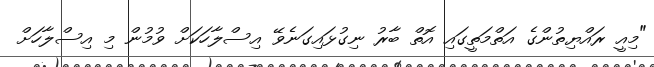
"މިއީ ރައްޔިތުންގެ އަތްމަތީގައި އޮތް ބާރު ނިގުޅައިގަނެވޭ އިސްލާހަކަށް ވުމުން މި އިސްލާހަށް